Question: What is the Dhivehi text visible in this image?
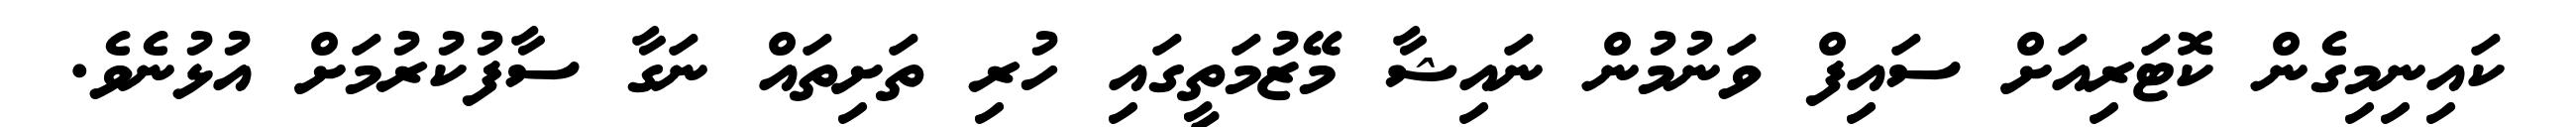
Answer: ކައިނިމިގެން ކޮޓަރިއަށް ސައިފް ވަނުމުން ނައިޝާ މޭޒުމަތީގައި ހުރި ތަށިތައް ނަގާ ސާފުކުރުމަށް އުޅުނެވެ.